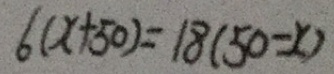
6 ( x + 5 0 ) = 1 8 ( 5 0 - x )